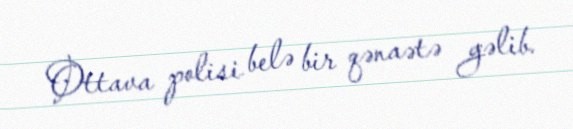
Ottava polisi belə bir qənaətə gəlib.